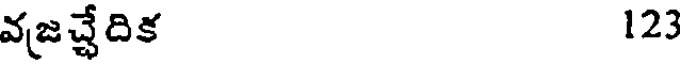
వజచ్చేదిక 123